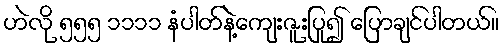
ဟဲလို ၅၅၅ ၁၁၁၁ နံပါတ်နဲ့ကျေးဇူးပြု၍ ပြောချင်ပါတယ်။